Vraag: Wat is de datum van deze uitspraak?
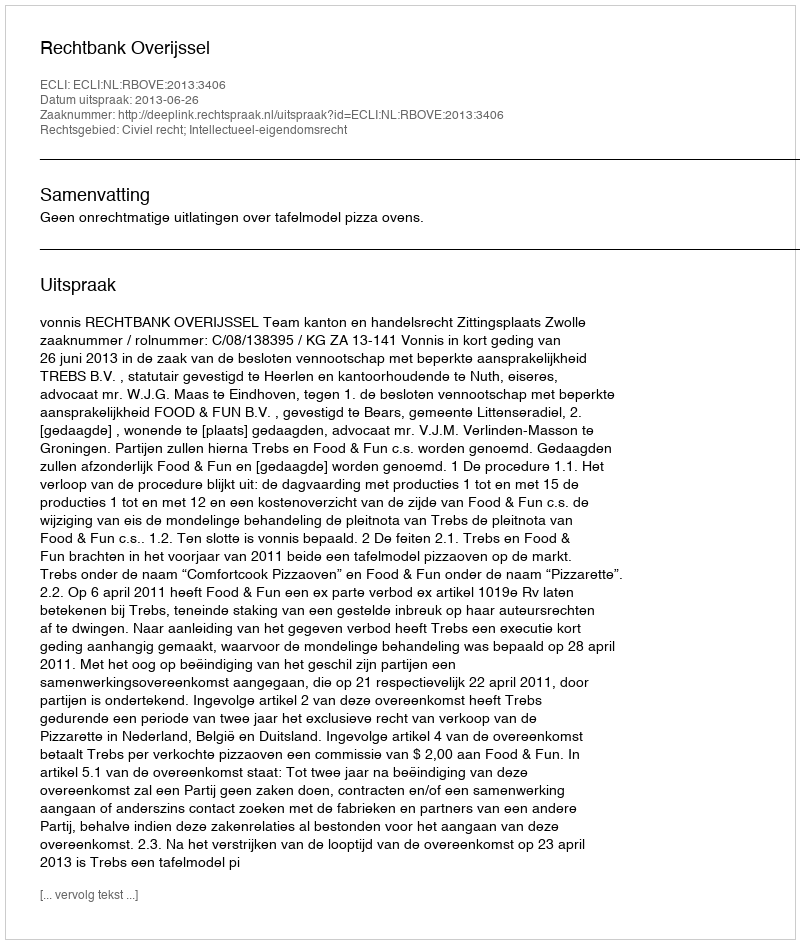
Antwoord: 2013-06-26